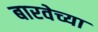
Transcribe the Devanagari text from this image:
बारवेच्या